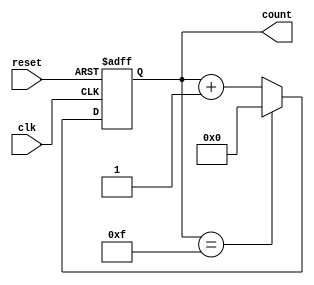
module up_counter_moore #(
    parameter N = 4  // Number of bits for the counter
)(
    input wire clk,    // Clock input
    input wire reset,  // Asynchronous reset input
    output reg [N-1:0] count  // N-bit output for the current count
);

// Asynchronous reset and state transition logic
always @(posedge clk or posedge reset) begin
    if (reset) begin
        count <= 0;  // Reset the counter to zero
    end else begin
        if (count == (1 << N) - 1) begin
            count <= 0;  // Wrap around to zero when max count is reached
        end else begin
            count <= count + 1;  // Increment the counter
        end
    end
end

endmodule